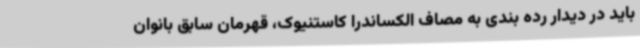
باید در دیدار رده بندی به مصاف الکساندرا کاستنیوک، قهرمان سابق بانوان